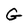
Character: G